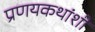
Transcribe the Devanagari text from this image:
प्रणयकथांशी